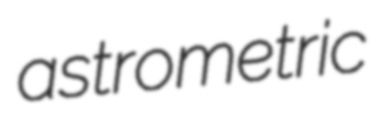
astrometric